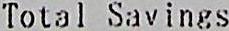
TOTAL SAVINGS